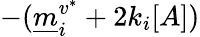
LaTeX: -(\underline{m}_{i}^{v^{*}}+2k_{i}[A])